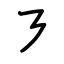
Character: ㇋